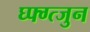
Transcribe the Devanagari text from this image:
घ्फ्ग्त्जुन